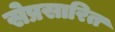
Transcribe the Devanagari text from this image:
सेप्रसारित